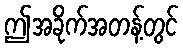
ဤအခိုက်အတန့်တွင်